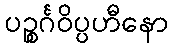
ပဉ္စင်္ဂဝိပ္ပဟီနော